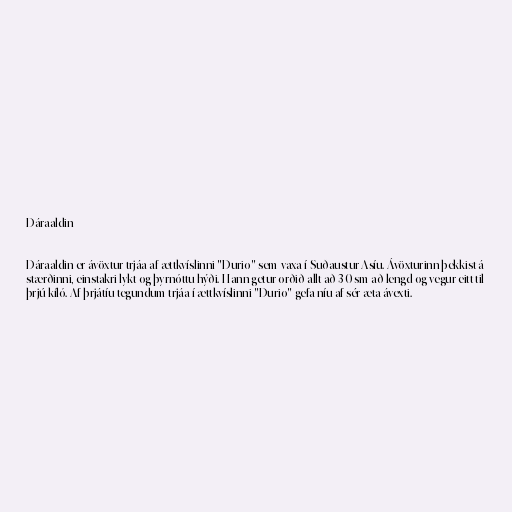
Dáraaldin

Dáraaldin er ávöxtur trjáa af ættkvíslinni "Durio" sem vaxa í Suðaustur-Asíu. Ávöxturinn þekkist á
stærðinni, einstakri lykt og þyrnóttu hýði. Hann getur orðið allt að 30 sm að lengd og vegur eitt til
þrjú kíló. Af þrjátíu tegundum trjáa í ættkvíslinni "Durio" gefa níu af sér æta ávexti.